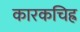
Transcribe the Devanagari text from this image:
कारकचिह्र